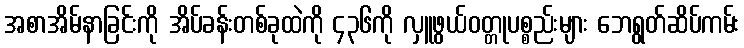
အစာအိမ်နာခြင်းကို အိပ်ခန်းတစ်ခုထဲကို ၄၃၆ကို လှူဖွယ်ဝတ္တုပစ္စည်းများ ဘေရွတ်ဆိပ်ကမ်း